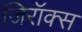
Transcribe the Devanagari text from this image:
जिरॉक्स